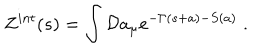
Z ^ { i n t } ( s ) = \int { \cal D } a _ { \mu } e ^ { - \Gamma ( s + a ) - S ( a ) } \; .